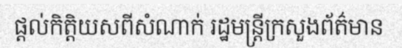
ផ្តល់កិត្តិយសពីសំណាក់ រដ្ឋមន្ត្រីក្រសួងព័ត៌មាន